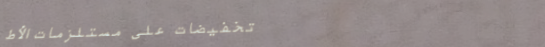
تخفيضات على مستلزمات الأط